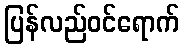
ပြန်လည်ဝင်ရောက်